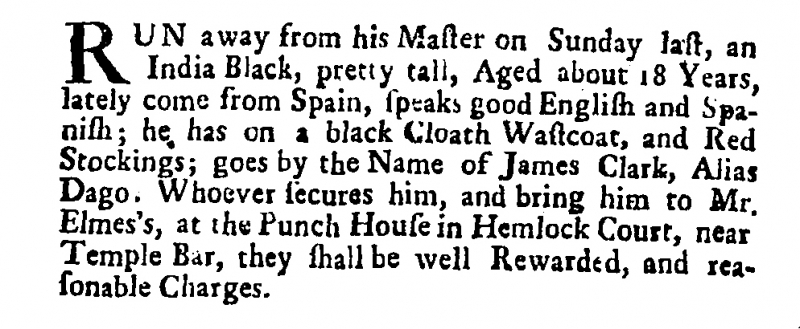
Post Boy (1695), 5 February 1702 (England)
RUN away from his Master on Sunday last, an India Black, pretty tall, Aged about 18 Years, lately come from Spain, speaks good English and Spanish; he has on a black Cloath Wastcoat, and Red Stockings; goes by the Name of James Clark, Alias Dago. Whoever secures him, and bring him to Mr. Elmes’s, at the Punch House in Hemlock Court, near Temple Bar, they shall be well Rewarded, and reasonable Charges.